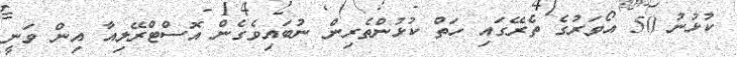
ކުޅުނު 50 އޯވަރުގެ ތެރޭގައި ހަތް ކުޅުންތެރިން ނުބައިވެގެން އޮސްޓްރޭލިއާ އިން ވަނީ